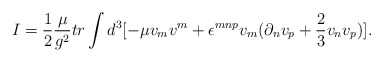
\begin{align*}I = \frac{1}{2}\frac{\mu}{g^{2}} tr\int d^{3} [-\mu v_{m}v^{m} + \epsilon^{mnp}v_{m} (\partial_{n}v_{p} + \frac{2}{3}v_{n}v_{p})] .\end{align*}